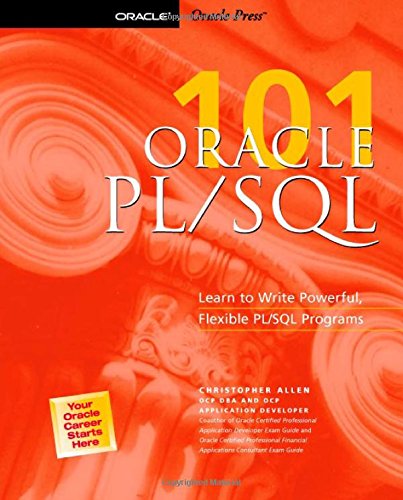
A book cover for Oracle PL/SQL 101; Christopher Allen; Computers & Technology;